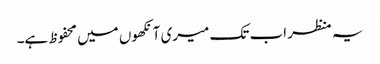
یہ منظر اب تک میری آنکھوں میں محفوظ ہے۔